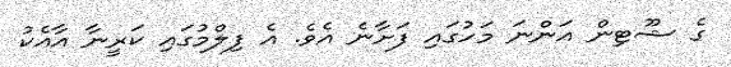
ގެ ޝޫޓިން އަންނަ މަހުގައި ފަށާނެ އެވެ. އެ ފިލްމުގައި ކަރީނާ އާއެކު